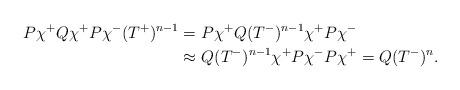
LaTeX: \begin{align*}P\chi^+Q\chi^+P\chi^-(T^+)^{n-1}= &\ P\chi^+Q (T^-)^{n-1}\chi^+P\chi^-\\\approx &\ Q (T^-)^{n-1} \chi^+P\chi^- P\chi^+ = Q (T^-)^n.\end{align*}